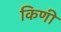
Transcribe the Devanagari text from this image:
किणी